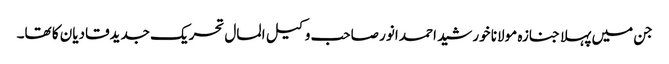
جن میں پہلا جنازہ مولانا خورشید احمد انور صاحب وکیل المال تحریک جدیدقادیان کا تھا۔